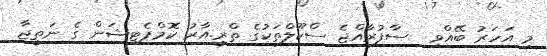
މި އަހަރު ބޭއްވި  ސާފުރާއްޖެ ސްކޫލްތަކުގެ ތްރީ.އާރު ކޮމްޕެޓިޝަން ގެ ނަތީޖާ